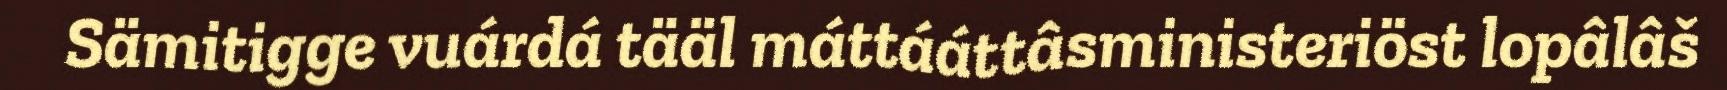
Sämitigge vuárdá tääl máttááttâsministeriöst lopâlâš